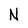
Character: N